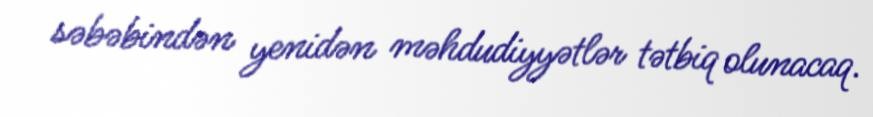
səbəbindən yenidən məhdudiyyətlər tətbiq olunacaq.